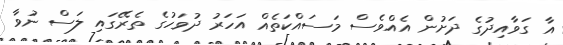
އާ ގަވާއިދުގެ ދަށުން އެއްވެސް މަސައްކަތެއް އަހަރު ދުވަހުގެ ތެރޭގައި ލަސް ނުވާ